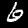
Digit: 6